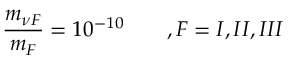
{ \frac { m _ { \nu F } } { m _ { F } } } = 1 0 ^ { - 1 0 } \qquad , F = I , I I , I I I